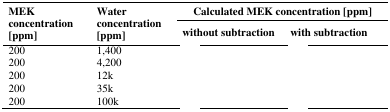
<table><thead><tr><td rowspan="3"><b>MEK concentration [ppm]</b></td><td rowspan="3"><b>Water concentration [ppm]</b></td><td colspan="2"><b>Calculated MEK concentration [ppm]</b></td></tr><tr><td><b>without subtraction</b></td><td><b>with subtraction</b></td></tr></thead><tbody><tr><td>200</td><td>1,400</td><td>[EMPTY_CELL]</td><td>[EMPTY_CELL]</td></tr><tr><td>200</td><td>4,200</td><td>[EMPTY_CELL]</td><td>[EMPTY_CELL]</td></tr><tr><td>200</td><td>12k</td><td>[EMPTY_CELL]</td><td>[EMPTY_CELL]</td></tr><tr><td>200</td><td>35k</td><td>[EMPTY_CELL]</td><td>[EMPTY_CELL]</td></tr><tr><td>200</td><td>100k</td><td>[EMPTY_CELL]</td><td>[EMPTY_CELL]</td></tr></tbody></table>